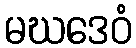
မဃဒေဝံ